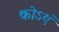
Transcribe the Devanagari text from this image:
कोऽयं